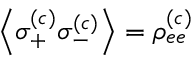
\left\langle \sigma _ { + } ^ { ( c ) } \sigma _ { - } ^ { ( c ) } \right\rangle = \rho _ { e e } ^ { ( c ) }